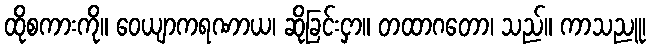
ထိုစကားကို။ ဝေယျာကရဏာယ၊ ဆိုခြင်းငှာ။ တထာဂတော၊ သည်။ ကာသညူ၊